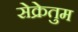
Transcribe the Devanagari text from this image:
सेक्रेतुम